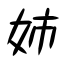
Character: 姉